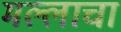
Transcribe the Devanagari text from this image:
मल्लाचा